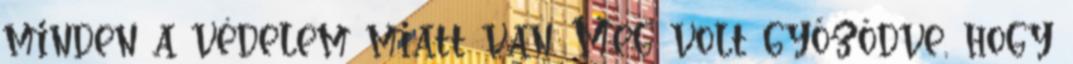
minden a védelem miatt van. Meg volt győződve, hogy